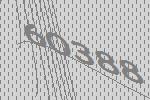
60388